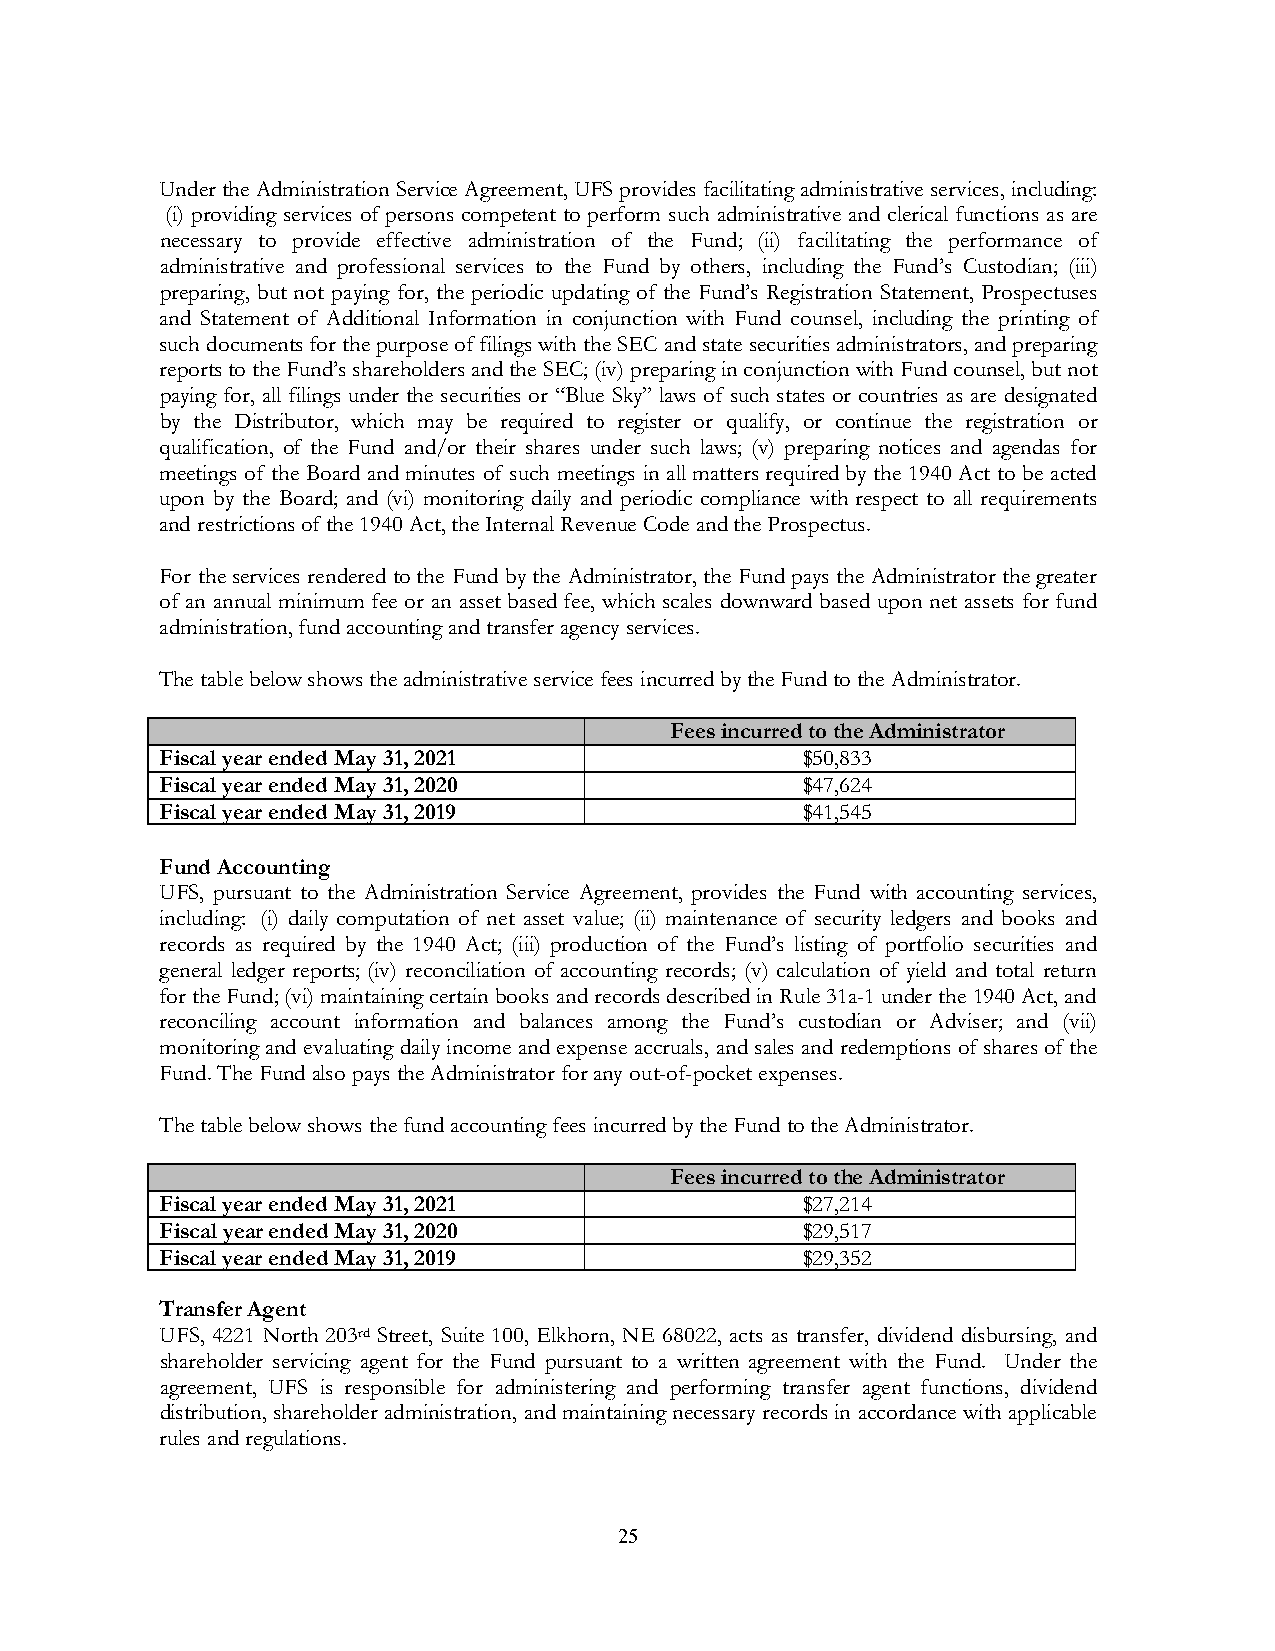
Under the Administration Service Agreement, UFS provides facilitating administrative services, including:
 (i) providing services of persons competent to perform such administrative and clerical functions as are
 necessary to provide effective administration of the Fund; (ii) facilitating the performance of
 administrative and professional services to the Fund by others, including the Fund’s Custodian; (iii)
 preparing, but not paying for, the periodic updating of the Fund’s Registration Statement, Prospectuses
 and Statement of Additional Information in conjunction with Fund counsel, including the printing of
 such documents for the purpose of filings with the SEC and state securities administrators, and preparing
 reports to the Fund’s shareholders and the SEC; (iv) preparing in conjunction with Fund counsel, but not
 paying for, all filings under the securities or “Blue Sky” laws of such states or countries as are designated
 by the Distributor, which may be required to register or qualify, or continue the registration or
 qualification, of the Fund and/or their shares under such laws; (v) preparing notices and agendas for
 meetings of the Board and minutes of such meetings in all matters required by the 1940 Act to be acted
 upon by the Board; and (vi) monitoring daily and periodic compliance with respect to all requirements
 and restrictions of the 1940 Act, the Internal Revenue Code and the Prospectus.
 For the services rendered to the Fund by the Administrator, the Fund pays the Administrator the greater
 of an annual minimum fee or an asset based fee, which scales downward based upon net assets for fund
 administration, fund accounting and transfer agency services.
 The table below shows the administrative service fees incurred by the Fund to the Administrator.
 Fees incurred to the Administrator
 Fiscal year ended May 31, 2021            $50,833
 Fiscal year ended May 31, 2020            $47,624
 Fiscal year ended May 31, 2019            $41,545
 Fund Accounting
 UFS, pursuant to the Administration Service Agreement, provides the Fund with accounting services,
 including: (i) daily computation of net asset value; (ii) maintenance of security ledgers and books and
 records as required by the 1940 Act; (iii) production of the Fund’s listing of portfolio securities and
 general ledger reports; (iv) reconciliation of accounting records; (v) calculation of yield and total return
 for the Fund; (vi) maintaining certain books and records described in Rule 31a-1 under the 1940 Act, and
 reconciling account information and balances among the Fund’s custodian or Adviser; and (vii)
 monitoring and evaluating daily income and expense accruals, and sales and redemptions of shares of the
 Fund. The Fund also pays the Administrator for any out-of-pocket expenses.
 The table below shows the fund accounting fees incurred by the Fund to the Administrator.
 Fees incurred to the Administrator
 Fiscal year ended May 31, 2021            $27,214
 Fiscal year ended May 31, 2020            $29,517
 Fiscal year ended May 31, 2019            $29,352
 Transfer Agent
 UFS, 4221 North 203rd Street, Suite 100, Elkhorn, NE 68022, acts as transfer, dividend disbursing, and
 shareholder servicing agent for the Fund pursuant to a written agreement with the Fund. Under the
 agreement, UFS is responsible for administering and performing transfer agent functions, dividend
 distribution, shareholder administration, and maintaining necessary records in accordance with applicable
 rules and regulations.
 25